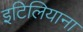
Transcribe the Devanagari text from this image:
इटिलियाना